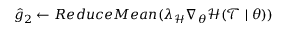
\hat { g } _ { 2 } \leftarrow R e d u c e M e a n ( \lambda _ { \mathcal { H } } \nabla _ { \theta } \mathcal { H } ( \mathcal { T } \mid \theta ) )